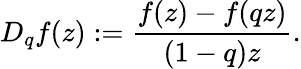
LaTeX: D_{q}f(z):=\frac{f(z)-f(qz)}{(1-q)z}.